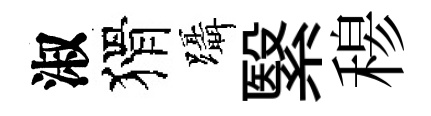
淑猾躡繄𥠇